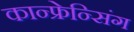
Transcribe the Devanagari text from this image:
कान्फ्रेन्सिंग